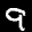
Label: 9